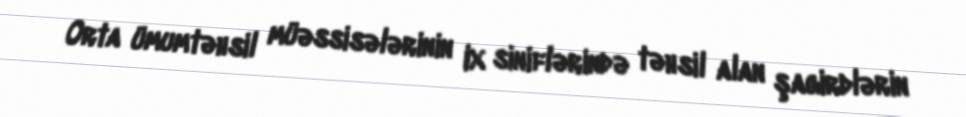
Orta ümumtəhsil müəssisələrinin IX siniflərində təhsil alan şagirdlərin